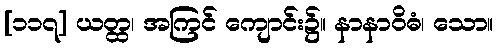
[၁၁၇] ယတ္ထ၊ အကြင် ကျောင်း၌။ နာနာဝိဓံ၊ သော။